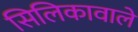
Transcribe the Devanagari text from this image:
सिलिकावाले